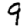
Digit: 9